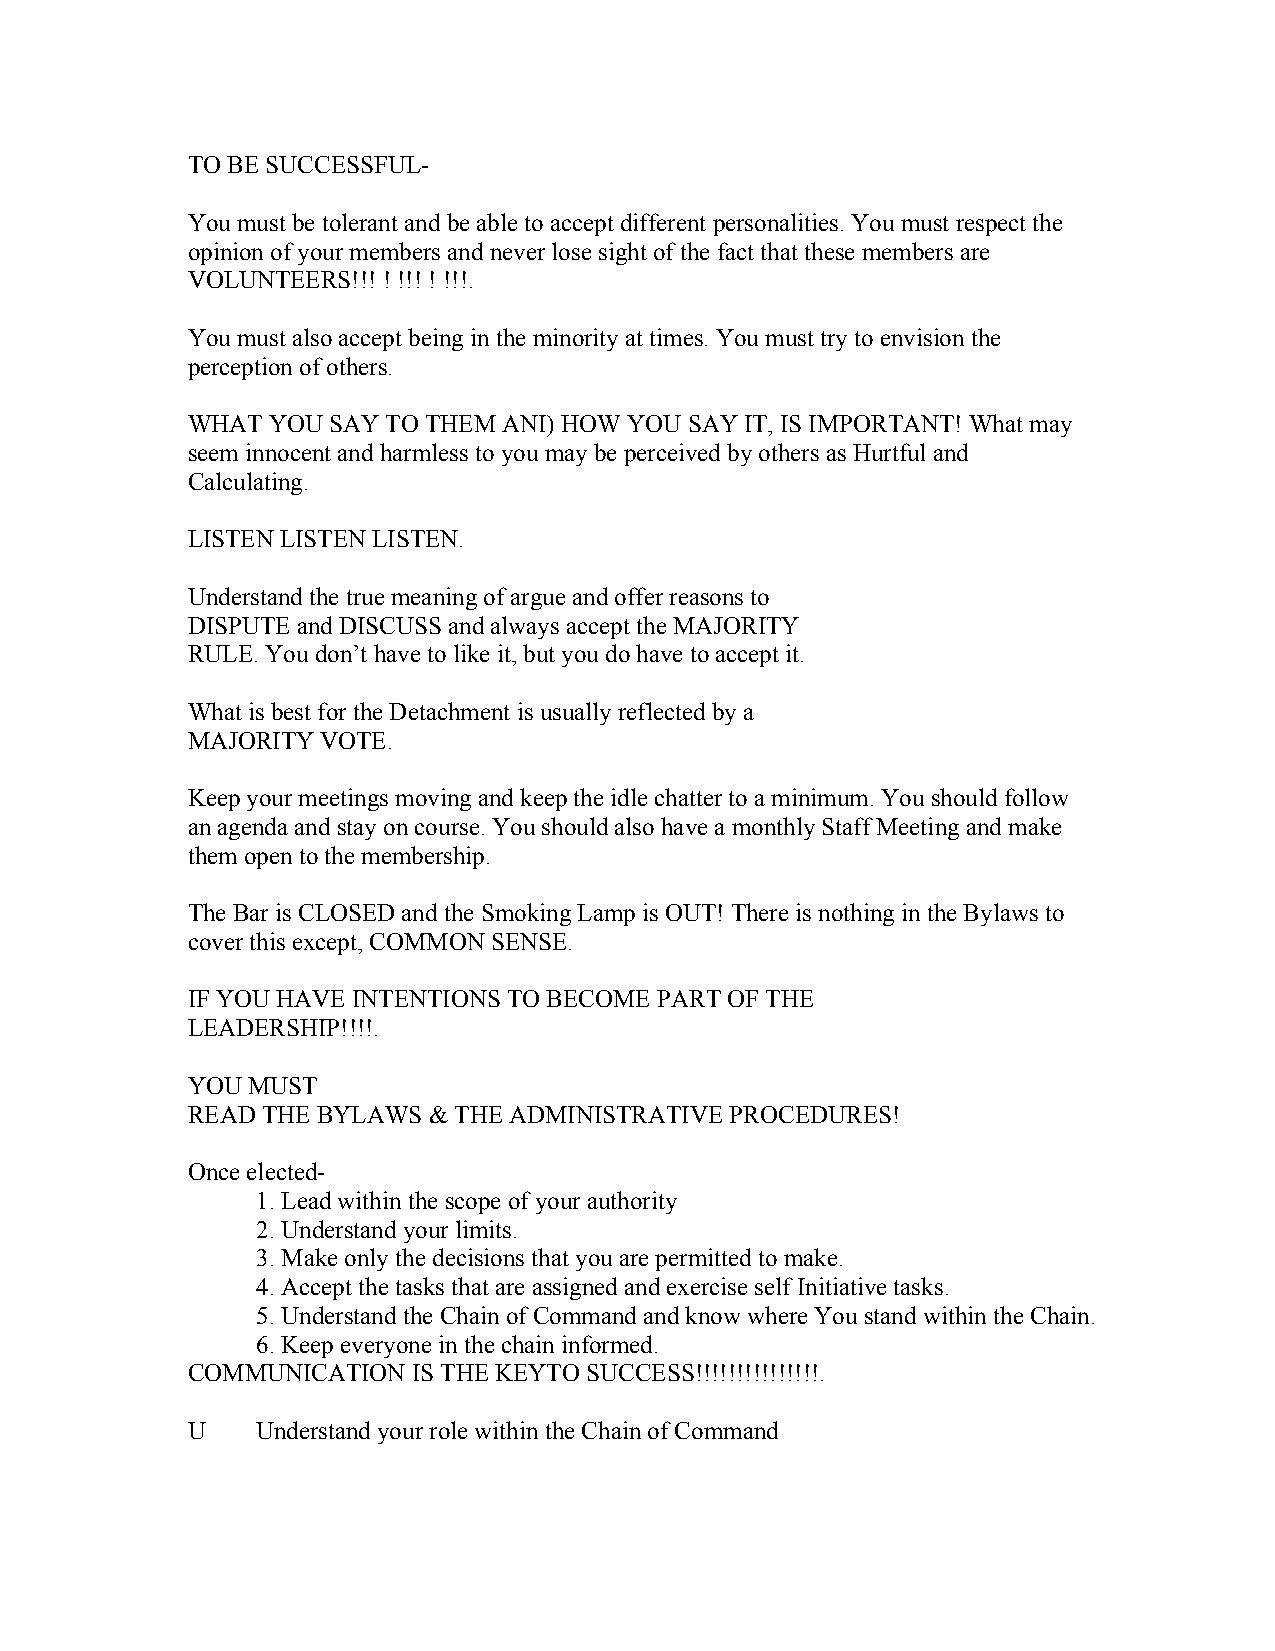
TO BE SUCCESSFUL-
 You must be tolerant and be able to accept different personalities. You must respect the
 opinion of your members and never lose sight of the fact that these members are
 VOLUNTEERS!!! ! !!! ! !!!.
 You must also accept being in the minority at times. You must try to envision the
 perception of others.
 WHAT  YOU SAY TO THEM ANI) HOW YOU SAY IT, IS IMPORTANT! What may
 seem innocent and harmless to you may be perceived by others as Hurtful and
 Calculating.
 LISTEN LISTEN LISTEN.
 Understand the true meaning of argue and offer reasons to
 DISPUTE and DISCUSS and always accept the MAJORITY
 RULE. You don’t have to like it, but you do have to accept it.
 What is best for the Detachment is usually reflected by a
 MAJORITY VOTE.
 Keep your meetings moving and keep the idle chatter to a minimum. You should follow
 an agenda and stay on course. You should also have a monthly Staff Meeting and make
 them open to the membership.
 The Bar is CLOSED and the Smoking Lamp is OUT! There is nothing in the Bylaws to
 cover this except, COMMON SENSE.
 IF YOU HAVE INTENTIONS TO BECOME PART OF THE
 LEADERSHIP!!!!.
 YOU MUST
 READ THE BYLAWS & THE ADMINISTRATIVE PROCEDURES!
 Once elected-
 1. Lead within the scope of your authority
 2. Understand your limits.
 3. Make only the decisions that you are permitted to make.
 4. Accept the tasks that are assigned and exercise self Initiative tasks.
 5. Understand the Chain of Command and know where You stand within the Chain.
 6. Keep everyone in the chain informed.
 COMMUNICATION  IS THE KEYTO SUCCESS!!!!!!!!!!!!!!!.
 U    Understand your role within the Chain of Command